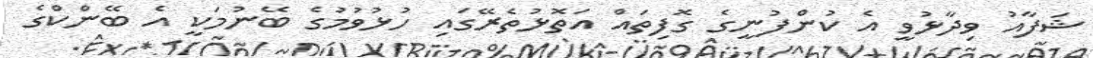
ޝަފާއު ވިދާޅުވީ އެ ކުންފުނީގެ ގޮފިތައް އަތޮޅުތެރޭގައި ހުޅުވުމުގެ ބޭނުމަކީ އެ ބޭންކްގެ